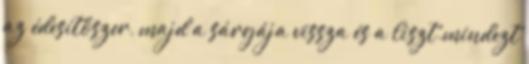
az édesítőszer, majd a sárgája vissza és a liszt.mindezt